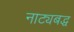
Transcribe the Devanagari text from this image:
नाट्यबद्ध